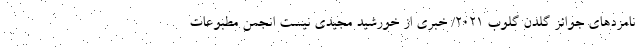
نامزدهای جوائز گلدن گلوب 2021/ خبری از خورشید مجیدی نیست انجمن مطبوعات